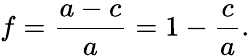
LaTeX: f={\frac{a-c}{a}}=1-{\frac{c}{a}}.